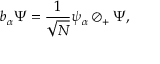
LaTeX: b _ { \alpha } \Psi = { \frac { 1 } { \sqrt { N } } } \psi _ { \alpha } \oslash _ { + } \Psi ,